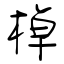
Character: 棹